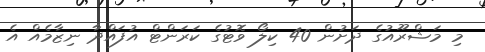
މި މަޝްރޫއުގެ ދަށުން 40 ކިލޯ ވޮޓުގެ ކަރަންޓް އުފައްދާ ނިޒާމެއް އެ